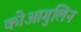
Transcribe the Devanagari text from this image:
कोआगुलिन